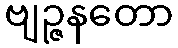
ဗျဉ္ဇနတော